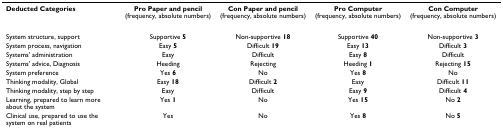
<table><thead><tr><td><b>Deducted Categories</b></td><td><b>Pro Paper and pencil (frequency, absolute numbers)</b></td><td><b>Con Paper and pencil (frequency, absolute numbers)</b></td><td><b>Pro Computer (frequency, absolute numbers)</b></td><td><b>Con Computer (frequency, absolute numbers)</b></td></tr></thead><tbody><tr><td>System structure, support</td><td>Supportive <b>5</b></td><td>Non-supportive <b>18</b></td><td>Supportive <b>40</b></td><td>Non-supportive <b>3</b></td></tr><tr><td>System process, navigation</td><td>Easy <b>5</b></td><td>Difficult <b>19</b></td><td>Easy <b>13</b></td><td>Difficult <b>3</b></td></tr><tr><td>Systems&#x27; administration</td><td>Easy</td><td>Difficult</td><td>Easy <b>8</b></td><td>Difficult</td></tr><tr><td>Systems&#x27; advice, Diagnosis</td><td>Heeding</td><td>Rejecting</td><td>Heeding <b>1</b></td><td>Rejecting <b>15</b></td></tr><tr><td>System preference</td><td>Yes <b>6</b></td><td>No</td><td>Yes <b>8</b></td><td>No</td></tr><tr><td>Thinking modality, Global</td><td>Easy <b>18</b></td><td>Difficult <b>2</b></td><td>Easy</td><td>Difficult <b>11</b></td></tr><tr><td>Thinking modality, step by step</td><td>Easy</td><td>Difficult</td><td>Easy <b>9</b></td><td>Difficult <b>4</b></td></tr><tr><td>Learning, prepared to learn more about the system</td><td>Yes <b>1</b></td><td>No</td><td>Yes <b>15</b></td><td>No <b>2</b></td></tr><tr><td>Clinical use, prepared to use the system on real patients</td><td>Yes</td><td>No</td><td>Yes <b>8</b></td><td>No <b>5</b></td></tr></tbody></table>